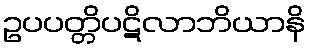
ဥပပတ္တိပဋိလာဘိယာနိ